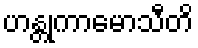
ဟန္တုကာမောသီတိ